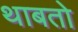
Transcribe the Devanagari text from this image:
थाबतो